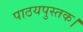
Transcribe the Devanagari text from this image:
पाठयपुस्तक।